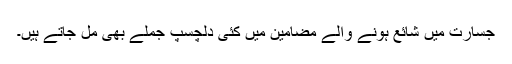
جسارت میں شائع ہونے والے مضامین میں کئی دلچسپ جملے بھی مل جاتے ہیں۔